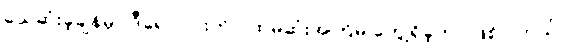
သေဆုံးခဲ့ချိန်မှာ ဒီရောဂါပိုးကို ပထမဆုံးအကြိမ် တွေ့ရှိခဲ့တာ ဖြစ်ပါတယ်။